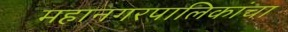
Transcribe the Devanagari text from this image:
महानगरपालिकांचा